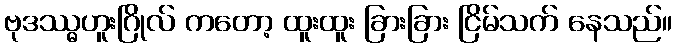
ဗုဒဿ္ဓဟူးဂြိုလ် ကတော့ ထူးထူး ခြားခြား ငြိမ်သက် နေသည်။